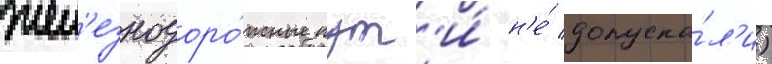
жел'езнодоро́жные пут'и́ н'е́ допуска́л'и)